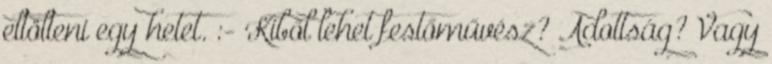
eltölteni egy hetet. :- Kiből lehet festőművész? Adottság? Vagy